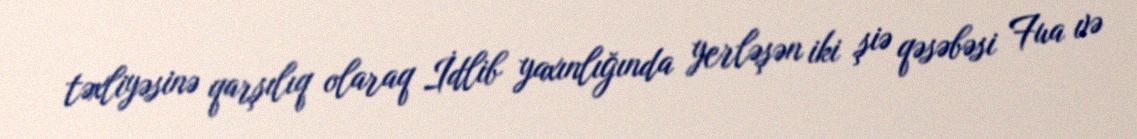
təxliyəsinə qarşılıq olaraq İdlib yaxınlığında yerləşən iki şiə qəsəbəsi Fua və